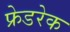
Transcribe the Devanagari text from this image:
फ्रेडरेक